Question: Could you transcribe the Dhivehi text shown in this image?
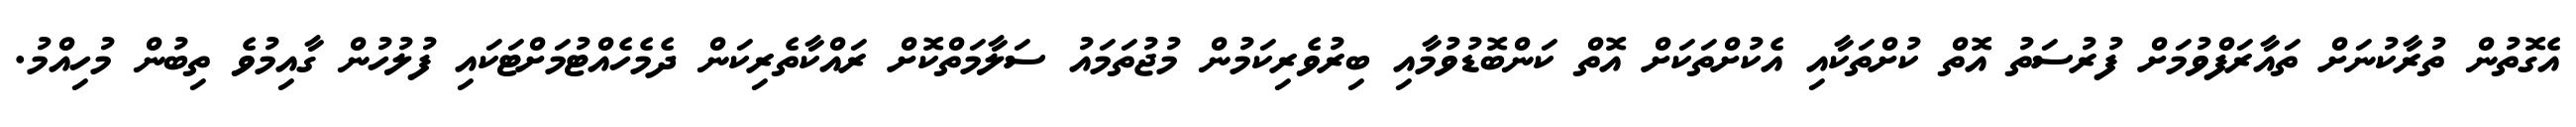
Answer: އެގޮތުން ތުރާކުނަށް ތައާރަފްވުމަށް ފުރުސަތު އޮތް ކުށްތަކާއި އެކުށްތަކަށް އޮތް ކަންބޮޑުވުމާއި ބިރުވެރިކަމުން މުޖުތަމައު ސަލާމަތްކޮށް ރައްކާތެރިކަން ދެމެހެއްޓުމަށްޓަކައި ފުލުހުން ގާއިމުވެ ތިބުން މުހިއްމު.